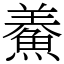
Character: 鯗